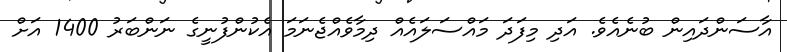
އާސަންދައިން ބުނެއެވެ. އަދި މިފަދަ މައްސަލައެއް ދިމާވެއްޖެނަމަ އެކުންފުނީގެ ނަންބަރު 1400 އަށް